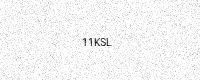
Text: 11KSL